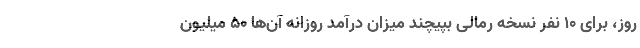
روز، برای ۱۰ نفر نسخه رمالی بپیچند میزان درآمد روزانه آن‌ها ۵۰ میلیون